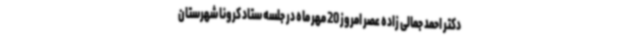
دکتر احمد جمالی زاده عصر امروز 20 مهر ماه در جلسه ستاد کرونا شهرستان